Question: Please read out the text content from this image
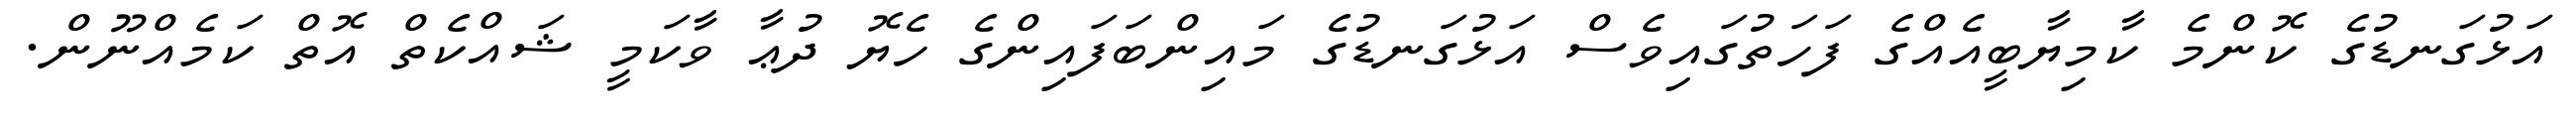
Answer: އަޅުގަނޑުގެ ކޮންމެ ކާމިޔާބީއެއްގެ ފަހަތުގައިވެސް އަޅުގަނޑުގެ މައިންބަފައިންގެ ހެޔޮ ދުޢާ ވާކަމީ ޝައްކެތް އޮތް ކަމެއްނޫން.